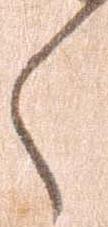
々